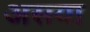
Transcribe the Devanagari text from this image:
असया